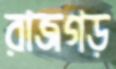
রাজগড়